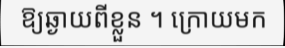
ឱ្យឆ្ងាយពីខ្លួន ។ ក្រោយមក